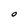
Character: O